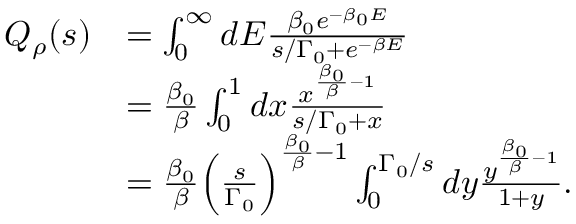
\begin{array} { r l } { Q _ { \rho } ( s ) } & { = \int _ { 0 } ^ { \infty } d E \frac { \beta _ { 0 } e ^ { - \beta _ { 0 } E } } { s / \Gamma _ { 0 } + e ^ { - \beta E } } } \\ & { = \frac { \beta _ { 0 } } { \beta } \int _ { 0 } ^ { 1 } d x \frac { x ^ { \frac { \beta _ { 0 } } { \beta } - 1 } } { s / \Gamma _ { 0 } + x } } \\ & { = \frac { \beta _ { 0 } } { \beta } \Big ( \frac { s } { \Gamma _ { 0 } } \Big ) ^ { \frac { \beta _ { 0 } } { \beta } - 1 } \int _ { 0 } ^ { \Gamma _ { 0 } / s } d y \frac { y ^ { \frac { \beta _ { 0 } } { \beta } - 1 } } { 1 + y } . } \end{array}